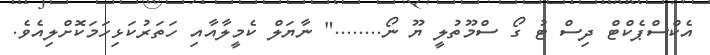
އެކްސްޕެކްޓް ދިސް ޓު ގޯ ސްމޫތުލީ ޔޫ ނޯ........" ނާޔަލް ކެމީލާއާއި ހަތަރުކަޅިހަމަކޮށްލިއެވެ.